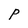
Character: P